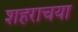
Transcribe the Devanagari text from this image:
शहराचया